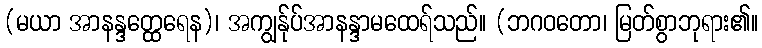
(မယာ အာနန္ဒတ္ထေရေန)၊ အကျွန်ုပ်အာနန္ဒာမထေရ်သည်။ (ဘဂဝတော၊ မြတ်စွာဘုရား၏။